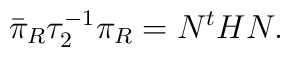
\bar\pi _R\tau_2^{-1}\pi_R= N^t HN.